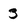
Character: 3